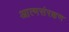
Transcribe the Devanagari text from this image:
आत्मसंरक्षण